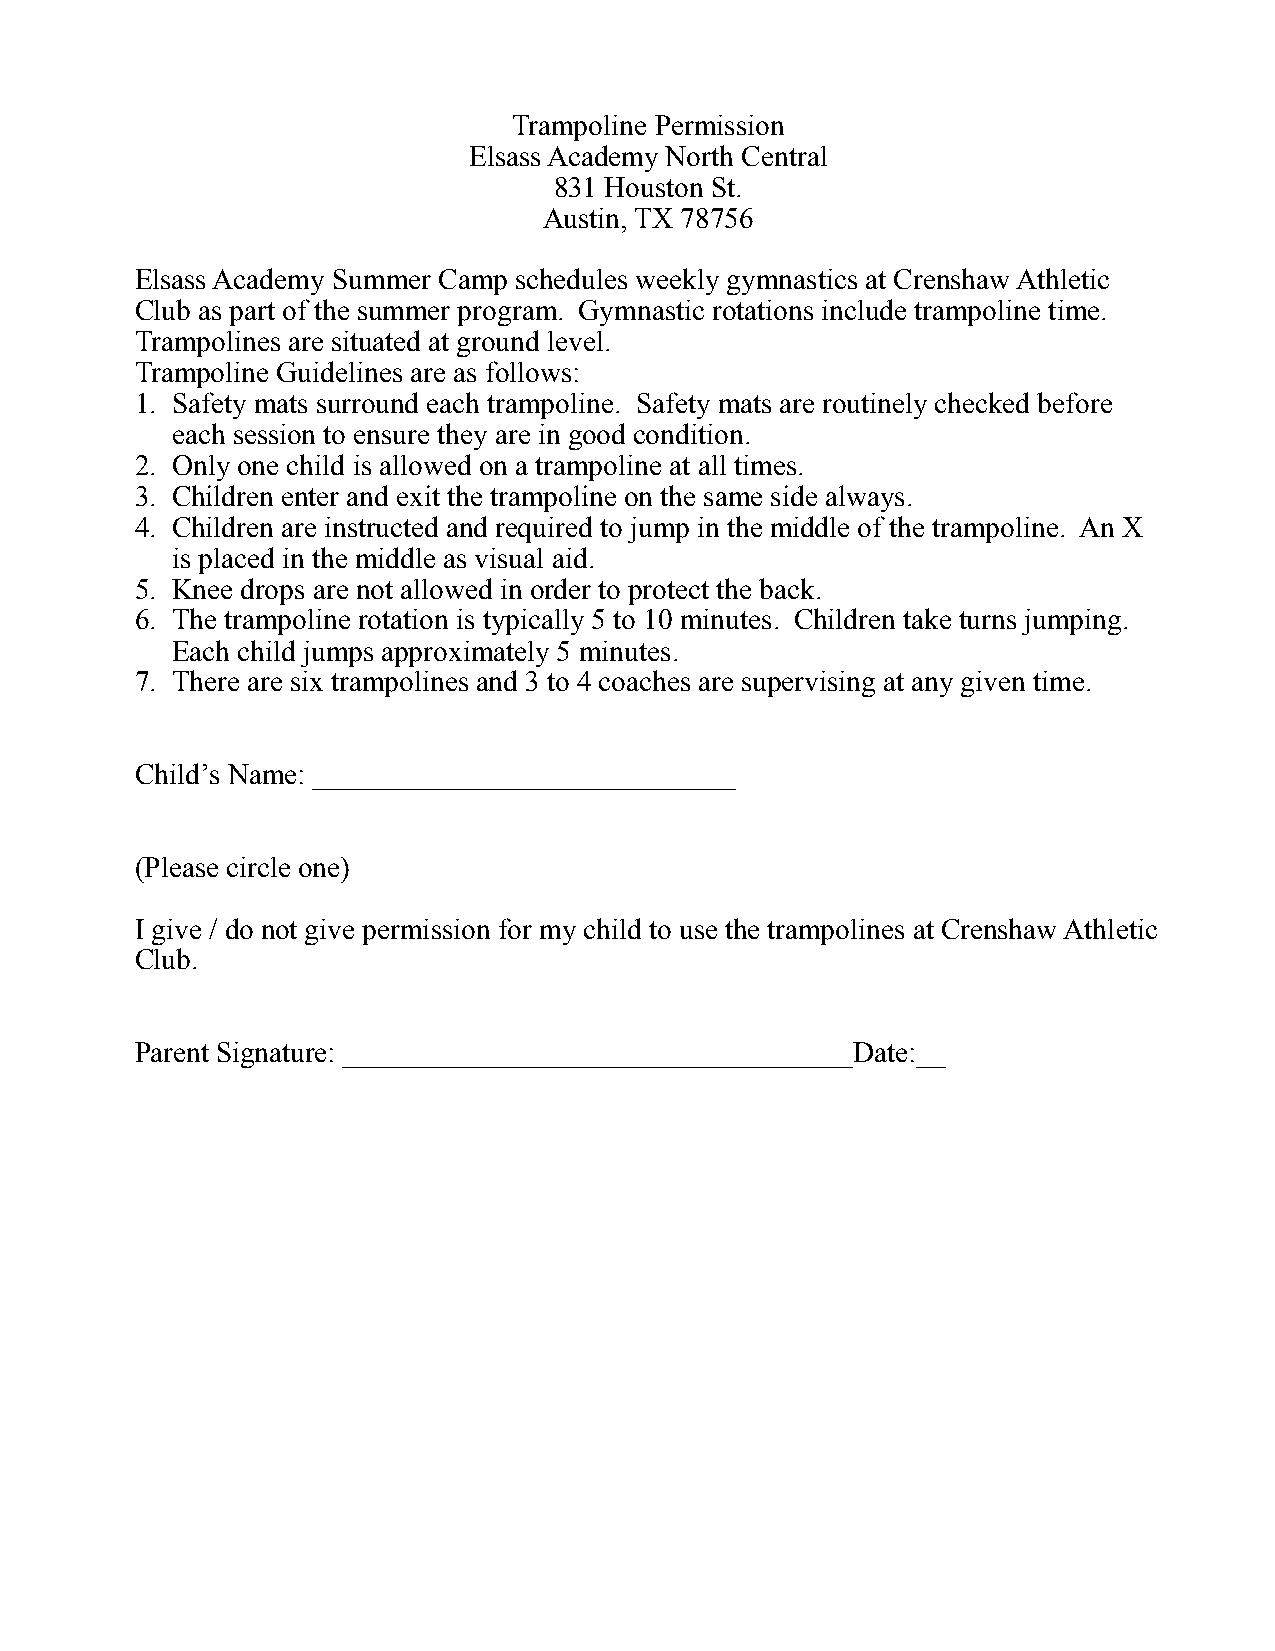
Trampoline Permission
 Elsass Academy North Central
 831 Houston St.
 Austin, TX 78756
 Elsass Academy Summer Camp schedules weekly gymnastics at Crenshaw Athletic
 Club as part of the summer program. Gymnastic rotations include trampoline time.
 Trampolines are situated at ground level.
 Trampoline Guidelines are as follows:
 1. Safety mats surround each trampoline. Safety mats are routinely checked before
 each session to ensure they are in good condition.
 2. Only one child is allowed on a trampoline at all times.
 3. Children enter and exit the trampoline on the same side always.
 4. Children are instructed and required to jump in the middle of the trampoline. An X
 is placed in the middle as visual aid.
 5. Knee drops are not allowed in order to protect the back.
 6. The trampoline rotation is typically 5 to 10 minutes. Children take turns jumping.
 Each child jumps approximately 5 minutes.
 7. There are six trampolines and 3 to 4 coaches are supervising at any given time.
 Child’s Name: _____________________________
 (Please circle one)
 I give / do not give permission for my child to use the trampolines at Crenshaw Athletic
 Club.
 Parent Signature: ___________________________________Date:__